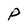
Character: P